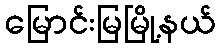
မြောင်းမြမြို့နယ်